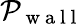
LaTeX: \mathcal{P}_{\mathrm{~w~a~l~l~}}